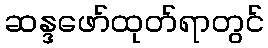
ဆန္ဒဖော်ထုတ်ရာတွင်